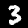
Digit: 3